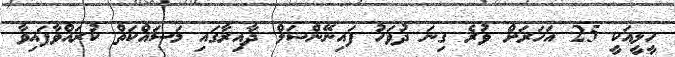
ހީލީއަކީ 25 އަހަރަށް ވުރެ ގިނަ ދުވަހު ފައިނޭންޝަލް ދާއިރާގައި މަސައްކަތް ކުރައްވާފައިވާ